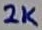
Text: 2K